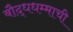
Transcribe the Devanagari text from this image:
बौद्धधम्माची